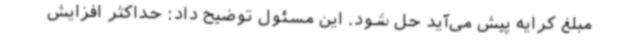
مبلغ کرایه پیش می‌آید حل شود. این مسئول توضیح داد: حداکثر افزایش